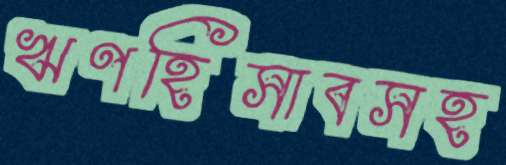
ঋণহিসাবসহ